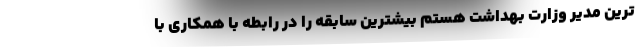
ترین مدیر وزارت بهداشت هستم بیشترین سابقه را در رابطه با همکاری با